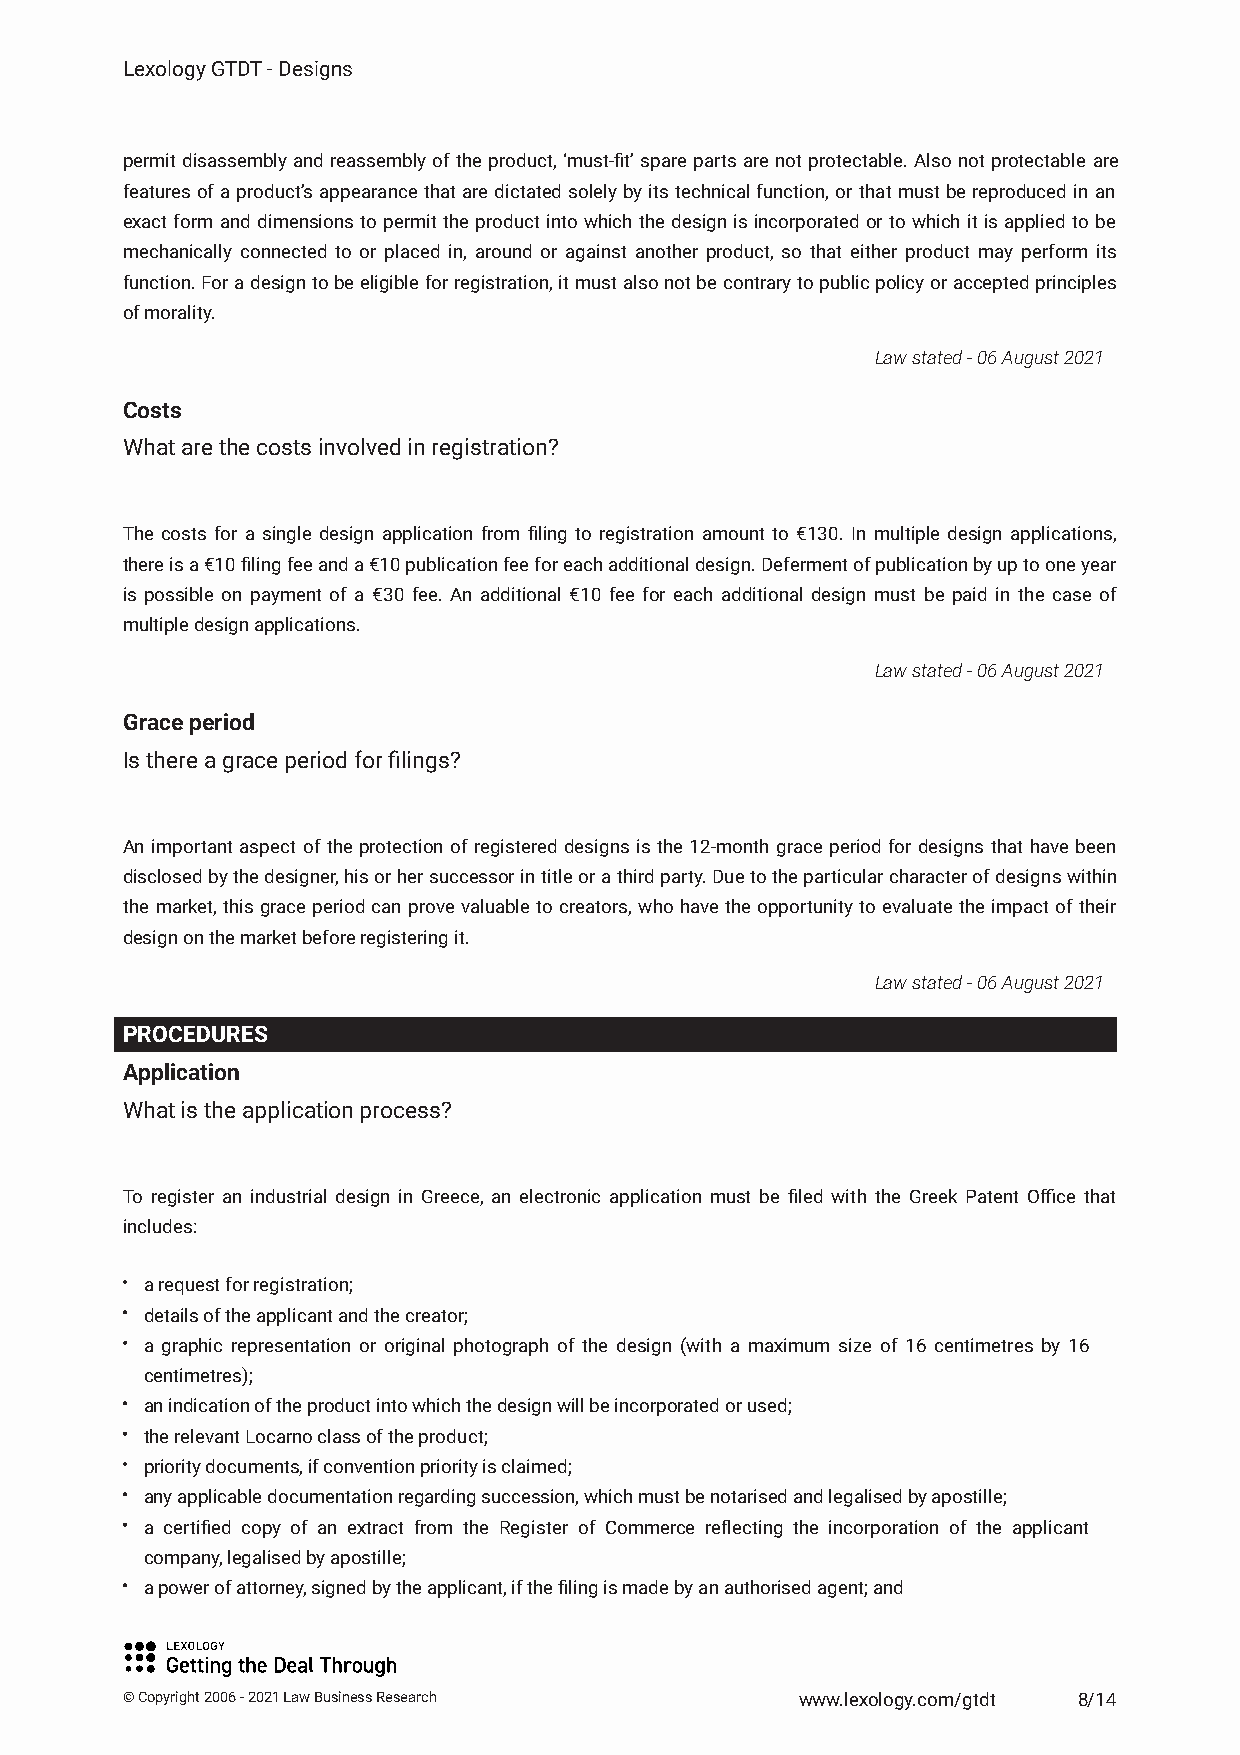
Lexology GTDT - Designs
 permitdisassemblyandreassemblyoftheproduct,‘must-fit’sparepartsarenotprotectable.Alsonotprotectableare
 featuresofaproduct’sappearancethataredictatedsolelybyitstechnicalfunction,orthatmustbereproducedinan
 exactformanddimensionstopermittheproductintowhichthedesignisincorporatedortowhichitisappliedtobe
 mechanically connected to or placed in, around or against another product, so that either product may perform its
 function.Foradesigntobeeligibleforregistration,itmustalsonotbecontrarytopublicpolicyoracceptedprinciples
 of morality.
 Law stated - 06 August 2021
 Costs
 What are the costs involved in registration?
 The costs for a single design application from filing to registration amount to €130. In multiple design applications,
 thereisa€10filingfeeanda€10publicationfeeforeachadditionaldesign.Defermentofpublicationbyuptooneyear
 is possible on payment of a €30 fee. An additional €10 fee for each additional design must be paid in the case of
 multiple design applications.
 Law stated - 06 August 2021
 Grace period
 Is there a grace period for filings?
 An important aspect of the protection of registered designs is the 12-month grace period for designs that have been
 disclosedbythedesigner,hisorhersuccessorintitleorathirdparty.Duetotheparticularcharacterofdesignswithin
 the market, this grace period can prove valuable to creators, who have the opportunity to evaluate the impact of their
 design on the market before registering it.
 Law stated - 06 August 2021
 PROCEDURES
 Application
 What is the application process?
 To register an industrial design in Greece, an electronic application must be filed with the Greek Patent Office that
 includes:
 a request for registration;
 details of the applicant and the creator;
 a graphic representation or original photograph of the design (with a maximum size of 16 centimetres by 16
 centimetres);
 an indication of the product into which the design will be incorporated or used;
 the relevant Locarno class of the product;
 priority documents, if convention priority is claimed;
 any applicable documentation regarding succession, which must be notarised and legalised by apostille;
 a certified copy of an extract from the Register of Commerce reflecting the incorporation of the applicant
 company, legalised by apostille;
 a power of attorney, signed by the applicant, if the filing is made by an authorised agent; and
 © Copyright 2006 - 2021 Law Business Research www.lexology.com/gtdt 8/14